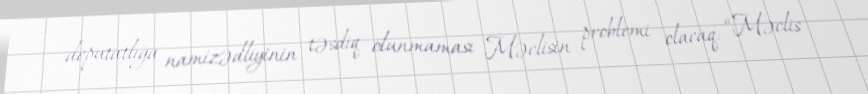
deputatlığa namizədliyinin təsdiq olunmaması Məclisin problemi olacaq: “Məclis